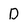
Character: D